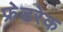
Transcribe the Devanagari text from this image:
फ्रेडरेक